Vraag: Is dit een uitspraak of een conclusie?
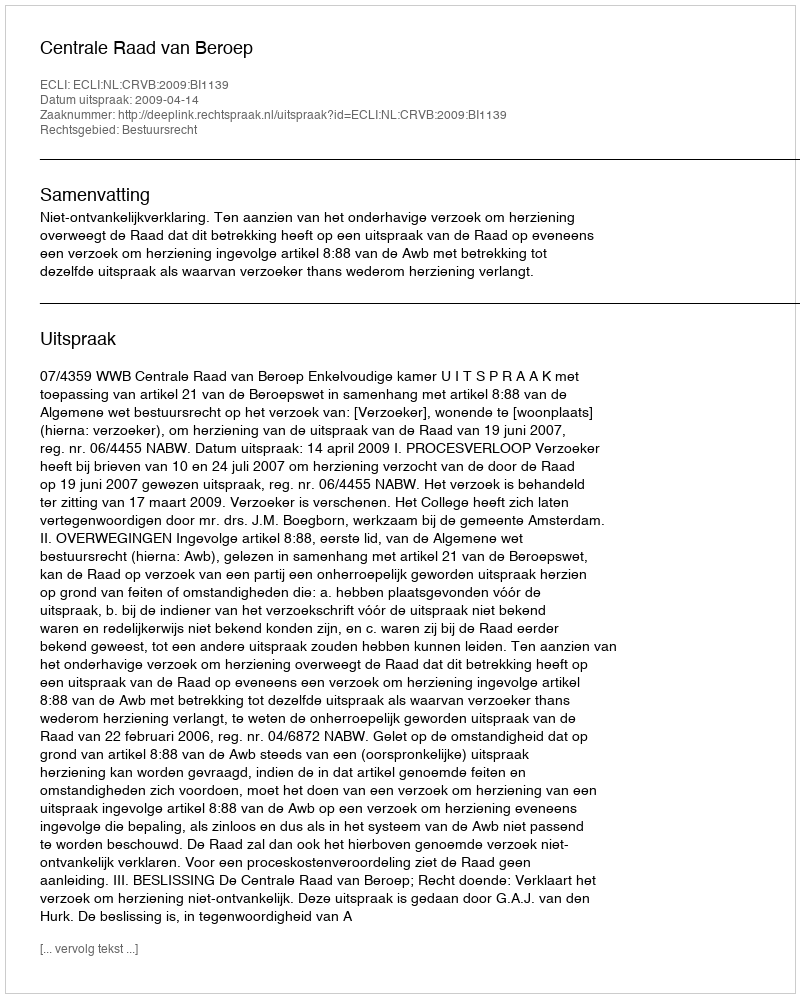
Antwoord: Uitspraak